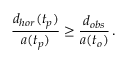
{ \frac { d _ { h o r } ( t _ { p } ) } { a ( t _ { p } ) } } \geq { \frac { d _ { o b s } } { a ( t _ { o } ) } } \, .